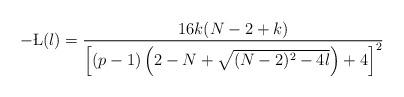
LaTeX: \begin{align*}-\L(\l)=\frac{16k(N-2+k)}{\left[(p-1)\left(2-N+\sqrt{(N-2)^2-4\l}\right)+4\right]^2}\end{align*}